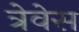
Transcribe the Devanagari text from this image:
त्रेवेस